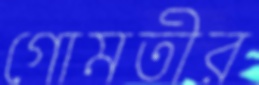
গোমতীর